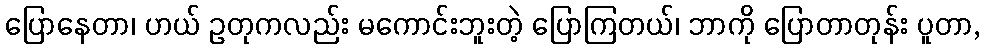
ပြောနေတာ၊ ဟယ် ဥတုကလည်း မကောင်းဘူးတဲ့ ပြောကြတယ်၊ ဘာကို ပြောတာတုန်း ပူတာ,